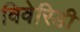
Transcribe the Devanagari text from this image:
विवेरिडी